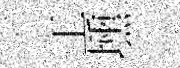
工壎